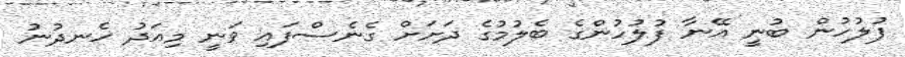
ފުލުހުން ބުނީ އޭނާ ފުލުހުންގެ ބެލުމުގެ ދަށަށް ގެނެސްފައި ވަނީ މިއަދު ހެނދުނު